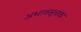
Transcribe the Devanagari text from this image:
अभावसूचक